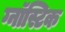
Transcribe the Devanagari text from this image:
ग्नॉस्टिक